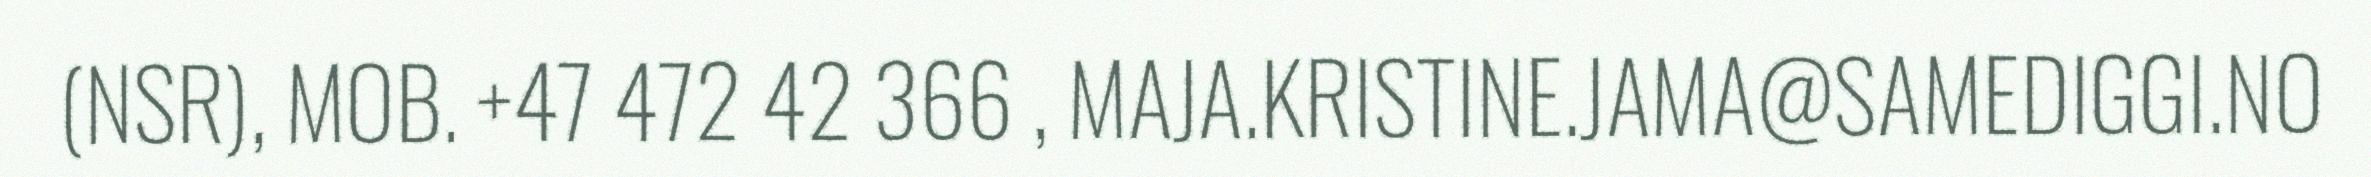
(NSR), MOB. +47 472 42 366 , MAJA.KRISTINE.JAMA@SAMEDIGGI.NO